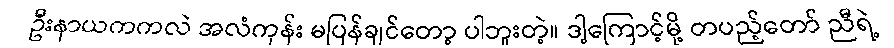
ဦးနာယကကလဲ အလံကုန်း မပြန်ချင်တော့ ပါဘူးတဲ့။ ဒါ့ကြောင့်မို့ တပည့်တော် ညီရဲ့